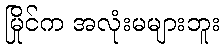
မြိုင်က အလုံးမများဘူး